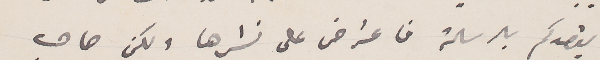
يقصدكم بالرسالة فاعترض على نشرها ولكن صاحب